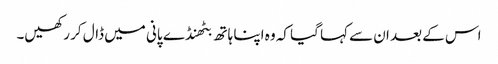
اس کے بعد ان سے کہا گیا کہ وہ اپنا ہاتھ بٹھنڈے پانی میں ڈال کر رکھیں۔